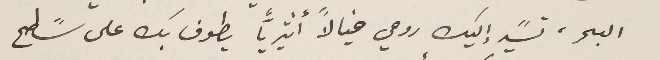
البحر، تسًير إليك روحي خيالاً أثيرياً يطوف بك على سًطح